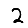
Digit: 2